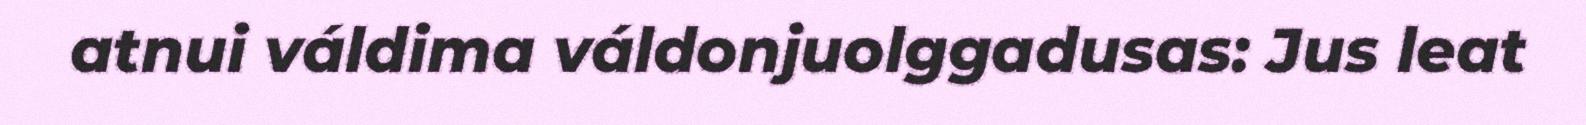
atnui váldima váldonjuolggadusas: Jus leat